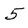
Character: 5